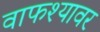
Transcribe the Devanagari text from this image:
वाफश्यावर